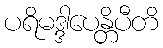
ပရိမဒ္ဒါပေန္တိပီတိ